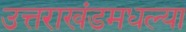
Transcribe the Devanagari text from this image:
उत्तराखंडमधल्या